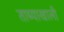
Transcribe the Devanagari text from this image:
ताब्याखाली